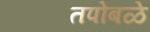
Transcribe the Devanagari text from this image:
तपोबळे